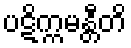
ပဋိက္ကမန္တီတိ